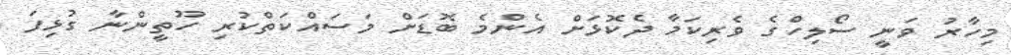
މިހާރު ވަނީ ސޯލިހްގެ ވެރިކަމާ ދެކޮޅަށް އެންމެ ބޮޑަށް މަސައްކަތްކުރި ހޫތީންނާ ގުޅިފަ